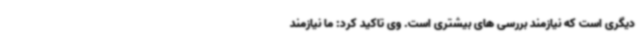
دیگری است که نیازمند بررسی های بیشتری است. وی تاکید کرد: ما نیازمند